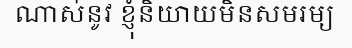
ណាស់នូវ ខ្ញុំនិយាយមិនសមរម្យ